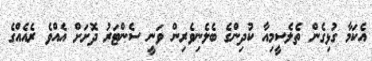
އެކަމާ ގުޅިގެން ތެލެސީމިއާ ކުދިންގެ ބެލެނިވެރިން ވަނީ ސެންޓަރު ދޮށަށް އެއްވެ ރެއެއްގެ